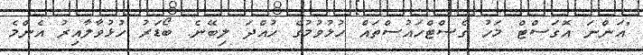
"އަންނަ އޮގަސްޓް މަހު ގެސްޓްހައުސްތައް ހުޅުވުމުގެ ހުއްދަ ލިބޭނެ. ބޯޑަރު ހުޅުވާލާއިރު އެންމެ